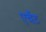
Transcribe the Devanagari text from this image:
एचैंट